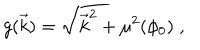
g ( \vec { k } ) = \sqrt { { \vec { k } } ^ { 2 } + \mu ^ { 2 } ( \phi _ { 0 } ) } \; ,